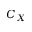
C _ { X }